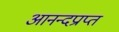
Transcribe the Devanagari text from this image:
आनन्दप्राप्त